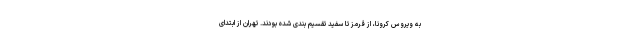
به ویروس کرونا، از قرمز تا سفید تقسیم بندی شده بودند. تهران از ابتدای